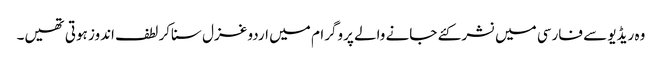
وہ ریڈیو سے فارسی میں نشر کئے جانے والے پروگرام میں اردو غزل سناکر لطف اندوز ہوتی تھیں۔